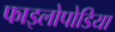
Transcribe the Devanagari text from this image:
फाइलोपोडिया